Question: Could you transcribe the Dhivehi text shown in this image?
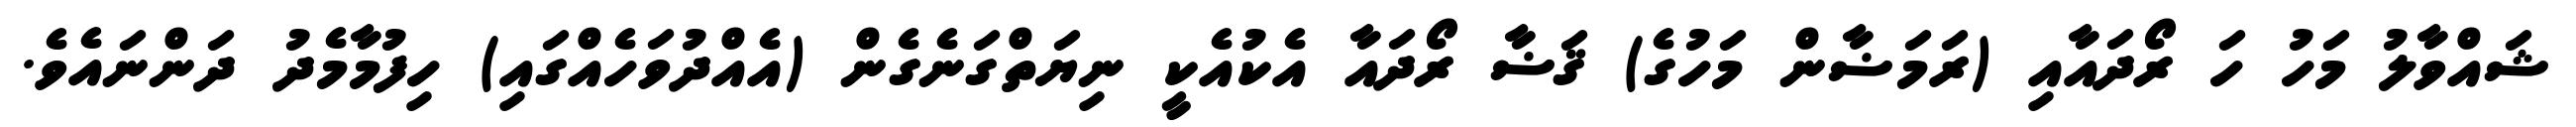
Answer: ޝައްވާލު މަހު ހަ ރޯދައާއި (ރަމަޟާން މަހުގެ) ޤަޟާ ރޯދައާ އެކުއެކީ ނިޔަތްގަނެގެން (އެއްދުވަހެއްގައި) ހިފުމާމެދު ދަންނައެވެ.